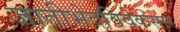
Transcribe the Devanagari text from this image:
जातीभेदविवेकसार